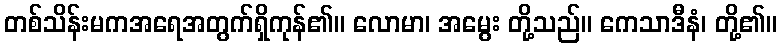
တစ်သိန်းမကအရေအတွက်ရှိကုန်၏။ လောမာ၊ အမွေး တို့သည်။ ကေသာဒီနံ၊ တို့၏။